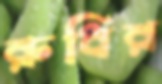
রুধির